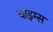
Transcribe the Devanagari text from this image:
चाइम्‍स